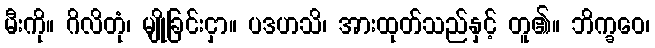
မီးကို။ ဂိလိတုံ၊ မျိုခြင်းငှာ။ ပဒဟသိ၊ အားထုတ်သည်နှင့် တူ၏။ ဘိက္ခဝေ၊